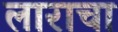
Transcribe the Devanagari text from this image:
लाराचा